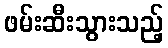
ဖမ်းဆီးသွားသည့်